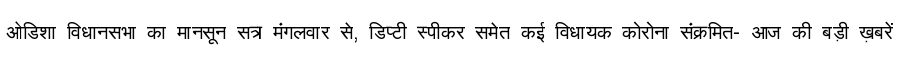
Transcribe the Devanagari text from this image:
ओडिशा विधानसभा का मानसून सत्र मंगलवार से, डिप्टी स्पीकर समेत कई विधायक कोरोना संक्रमित- आज की बड़ी ख़बरें